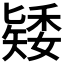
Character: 𥏶